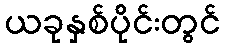
ယခုနှစ်ပိုင်းတွင်